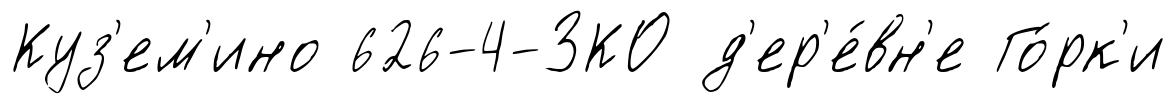
Куз'ем'ино 626-4-ЗКО д'ер'е́вн'е Го́рк'и